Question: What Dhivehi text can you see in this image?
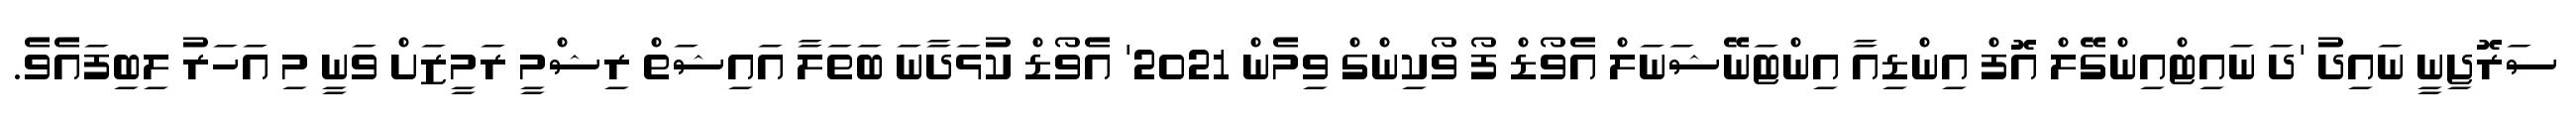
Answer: ސަރޮޖިނީ ނައިދު 'ދަ ނައިޓްއިންގޭލް އޮފް އިންޑިއާ އިންޓަނޭޝަނަލް އެވޯޑް ފޯ ވޯކިންގް ވިމެން 2021' އެވޯޑް ކުޅަދާނަ ބަތަލާ އައިޝަތް ރިޝްމީ ރަމީޒަށް ވަނީ މި އަހަރު ލިބިފައެވެ.